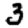
Digit: 3